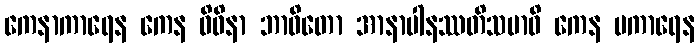
ကေနာကာရေန ကေန ဝိဓိနာ ဘာဝိတော အာနာပါနဿတိသမာဓိ ကေန ပကာရေန